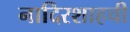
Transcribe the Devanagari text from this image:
नादिरशाहची